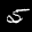
Label: 5